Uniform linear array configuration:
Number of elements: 24
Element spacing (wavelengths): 0.25
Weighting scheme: hamming
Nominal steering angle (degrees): -30
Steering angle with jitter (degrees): -30.047
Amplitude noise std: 0.05
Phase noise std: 0.05

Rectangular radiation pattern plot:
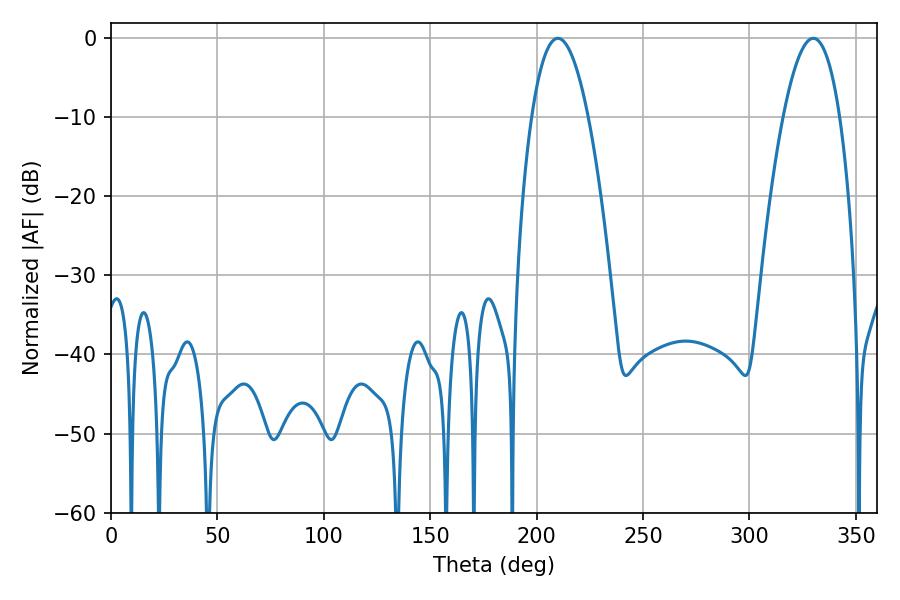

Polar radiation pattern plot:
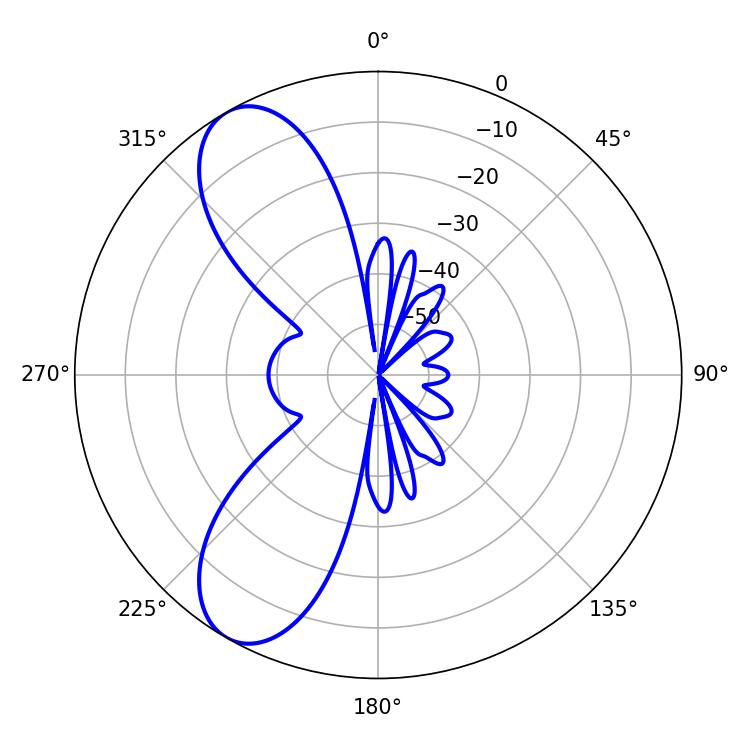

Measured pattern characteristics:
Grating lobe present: FALSE
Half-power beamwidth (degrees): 14.76
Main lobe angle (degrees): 210.06